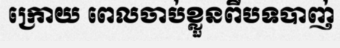
ក្រោយ ពេលចាប់ខ្លួនពីបទបាញ់